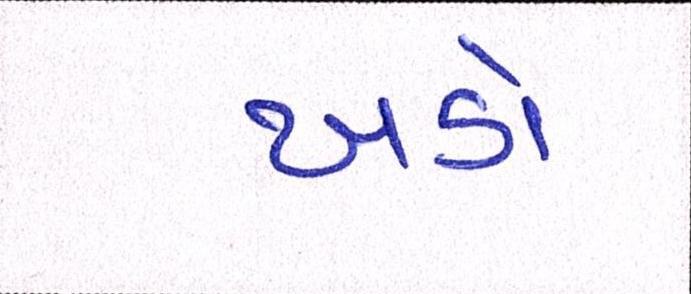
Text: ખડો